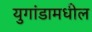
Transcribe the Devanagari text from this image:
युगांडामधील